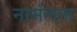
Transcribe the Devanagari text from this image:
नार्मलता